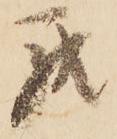
罷